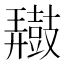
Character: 𪔠